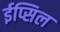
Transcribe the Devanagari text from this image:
ईप्सिल